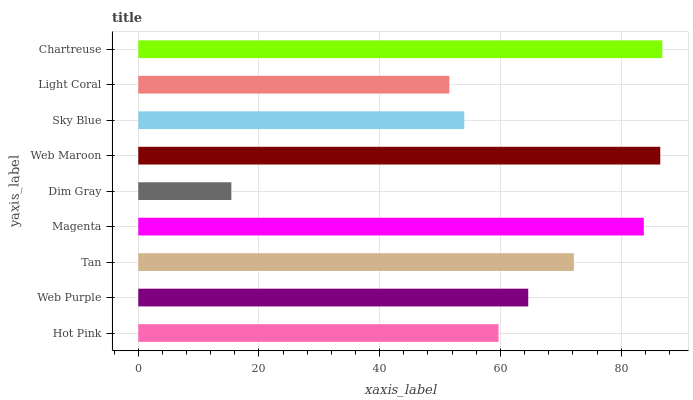
| yaxis_label | bars |
 | --- | --- |
 | Hot Pink | 59.7 |
 | Web Purple | 64.6 |
 | Tan | 72.2 |
 | Magenta | 83.8 |
 | Dim Gray | 15.4 |
 | Web Maroon | 86.5 |
 | Sky Blue | 54 |
 | Light Coral | 51.5 |
 | Chartreuse | 86.8 |